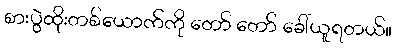
စားပွဲထိုးတစ်ယောက်ကို တော် တော် ခေါ်ယူရတယ်။